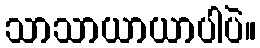
သာသာယာယာပါပဲ။